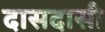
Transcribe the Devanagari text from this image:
दासदासी